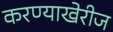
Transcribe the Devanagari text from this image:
करण्याखेरीज